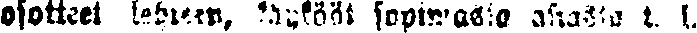
osotteet lehteen, käykööt sopimassa asiasta t. l.